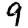
Digit: 9